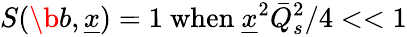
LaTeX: S(\b{b},\underline{{{x}}})=1\ \mathrm{when}\ \underline{{{x}}}^{2}\bar{Q}_{s}^{2}/4<<1